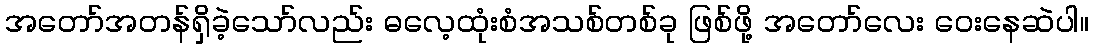
အတော်အတန်ရှိခဲ့သော်လည်း ဓလေ့ထုံးစံအသစ်တစ်ခု ဖြစ်ဖို့ အတော်လေး ဝေးနေဆဲပါ။